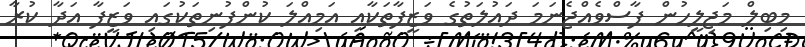
މިބިލް މަޖިލީހުން ފާސްވެއްޖެނަމަ ދައުލަތުގެ ވަޒީފާތަކާއި އަމިއްލަ ކުންފުނިތަކުގައި ވަޒީފާ އަދާ ކުރާ